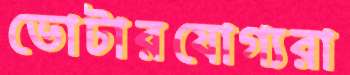
ভোটারযোগ্যরা